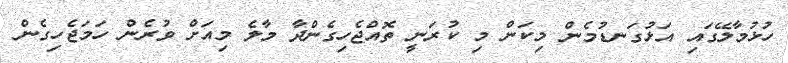
ހުޅުމާލޭގައި އަޅުގަނޑުމެން މިކަން މި ކުރަނީ ތޮއްޖެހިގެންދާ މާލެ މިއަށް ވުރެން ހަމަޖެހިގެން